Scottish Leaving Certificate Examination, 1951
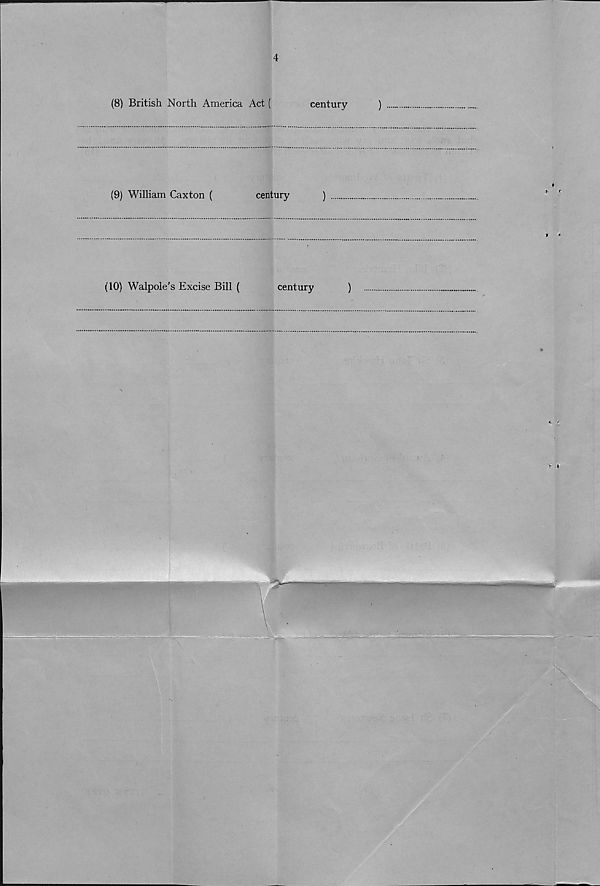
3
Section 1 (&)
Give the century, B.C. or A.D., of each of the following, indicate who or
what each was, and say why each is important in history. Answers must be
written in the space provided after each name.
(15)
(1) The Black Death (
century
)
(2) Hernando Cortes (
century
)
(3) Demosthenes (
century
)
(4) The Secret Treaty of Dover (
century
)
(5) Edward the Confessor (
century
)
(6) Bishop Kennedy (
century
)
(7) The Battle of Pharsalia (
century
)
[turn over